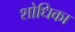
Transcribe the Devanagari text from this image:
शोधिका